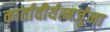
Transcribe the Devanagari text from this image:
कार्तावीर्यत्मर्जुना